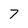
Character: 7